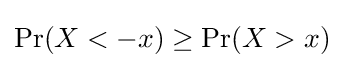
\Pr(X<-x)\geq \Pr(X>x)